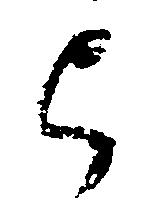
弓